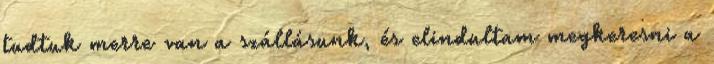
tudtuk merre van a szállásunk, és elindultam megkeresni a